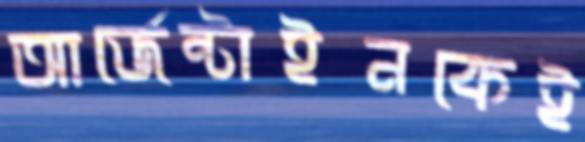
আর্জেন্টাইনকেই